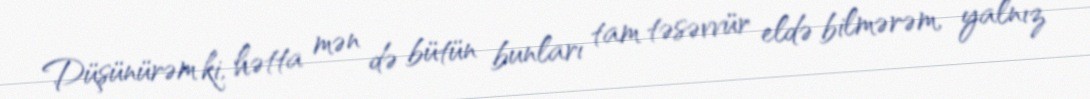
Düşünürəm ki, hətta mən də bütün bunları tam təsəvvür eldə bilmərəm, yalnız